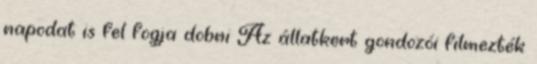
napodat is fel fogja dobni Az állatkert gondozói filmezték